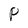
Character: P